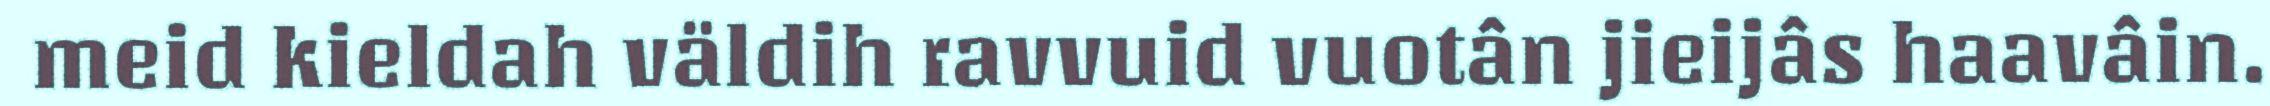
meid kieldah väldih ravvuid vuotân jieijâs haavâin.